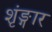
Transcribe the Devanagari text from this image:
शृंङ्गार